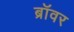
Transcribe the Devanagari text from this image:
ब्रॉवर